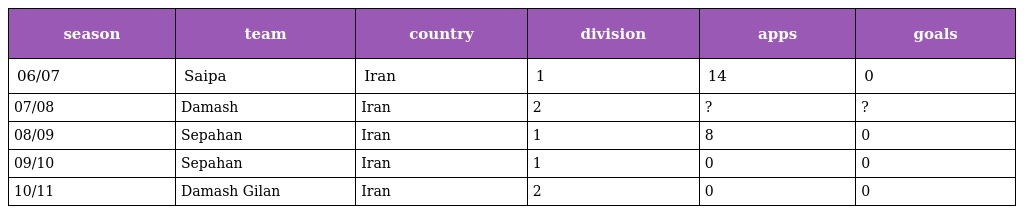
| season | team | country | division | apps | goals |
 | --- | --- | --- | --- | --- | --- |
 | 06/07 | Saipa | Iran | 1 | 14 | 0 |
 | 07/08 | Damash | Iran | 2 | ? | ? |
 | 08/09 | Sepahan | Iran | 1 | 8 | 0 |
 | 09/10 | Sepahan | Iran | 1 | 0 | 0 |
 | 10/11 | Damash Gilan | Iran | 2 | 0 | 0 |